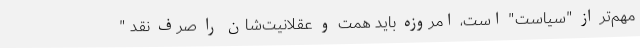
مهم‌تر از "سیاست" است، امروزه باید همت و عقلانیت‌شان را صرف نقد "